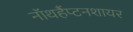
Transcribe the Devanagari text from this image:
नॉथहैंप्टनशायर